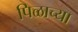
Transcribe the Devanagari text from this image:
पिळाच्या